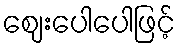
ဈေးပေါပေါဖြင့်